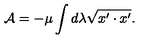
{ \cal A } = - \mu \int d \lambda \sqrt { { x ^ { \prime } } \cdot { x ^ { \prime } } } .